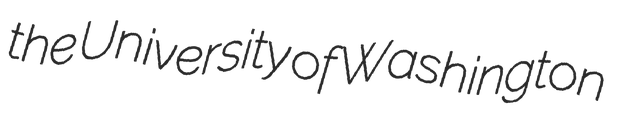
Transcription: the University of Washington